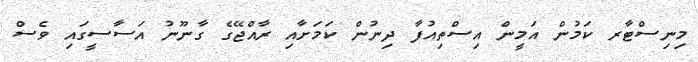
މިނިސްޓާރ ކަމުން އަމީން އިސްތިއުފާ ދިނުން ކަމަށާއި ރާއްޖޭގެ ގާނޫނު އަސާސީގައި ވެސް